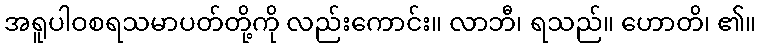
အရူပါဝစရသမာပတ်တို့ကို လည်းကောင်း။ လာဘီ၊ ရသည်။ ဟောတိ၊ ၏။